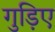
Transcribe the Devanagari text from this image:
गुड़िए